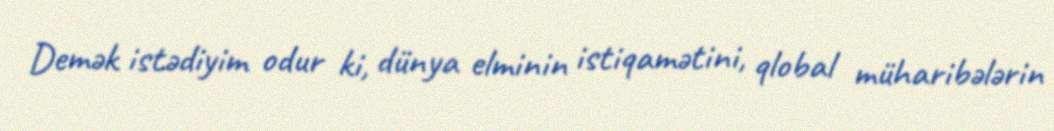
Demək istədiyim odur ki, dünya elminin istiqamətini, qlobal müharibələrin